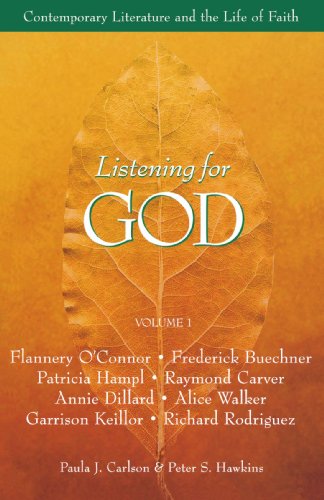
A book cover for Listening for God, Vol 1: Contemporary Literature and the Life of Faith; Paula J. Carlson; Christian Books & Bibles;